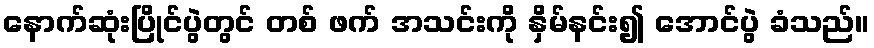
နောက်ဆုံးပြိုင်ပွဲတွင် တစ် ဖက် အသင်းကို နှိမ်နင်း၍ အောင်ပွဲ ခံသည်။